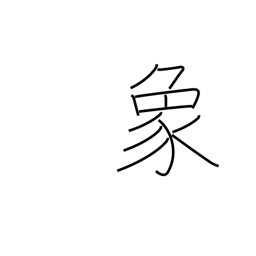
Meaning: elephant